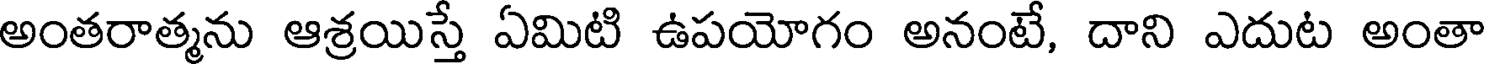
అంతరాత్మను ఆశ్రయిస్తే ఏమిటి ఉపయోగం అనంటే, దాని ఎదుట అంతా